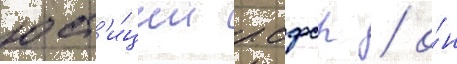
юст'и́ции рсфср / о́н